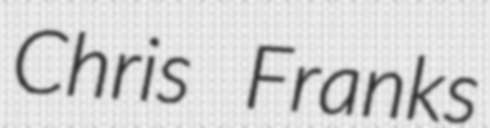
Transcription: Chris Franks